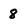
Character: 8